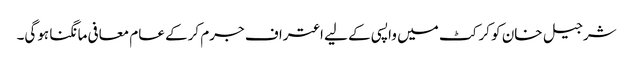
شرجیل خان کو کرکٹ میں واپسی کے لیے اعتراف جرم کرکے عام معافی مانگنا ہوگی۔